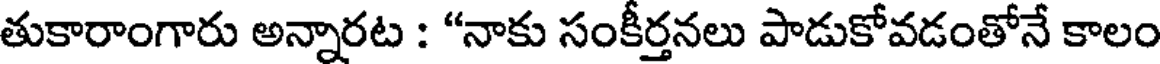
తుకారాంగారు అన్నారట : "నాకు సంకీర్తనలు పాడుకోవడంతోనే కాలం